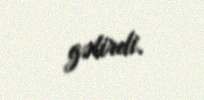
gəlirdi.